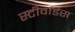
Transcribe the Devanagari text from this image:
स्‍टीवर्डिस